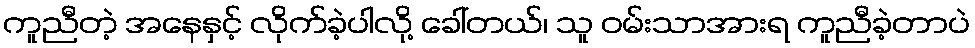
ကူညီတဲ့ အနေနှင့် လိုက်ခဲ့ပါလို့ ခေါ်တယ်၊ သူ ဝမ်းသာအားရ ကူညီခဲ့တာပဲ